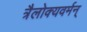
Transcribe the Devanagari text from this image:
त्रैलोक्यवर्मन्‌